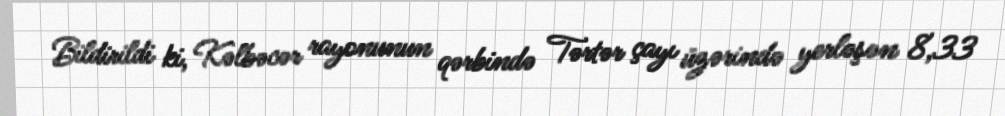
Bildirildi ki, Kəlbəcər rayonunun qərbində Tərtər çayı üzərində yerləşən 8,33